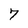
Character: 7